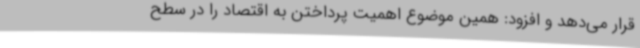
قرار می‌دهد و افزود: همین موضوع اهمیت پرداختن به اقتصاد را در سطح